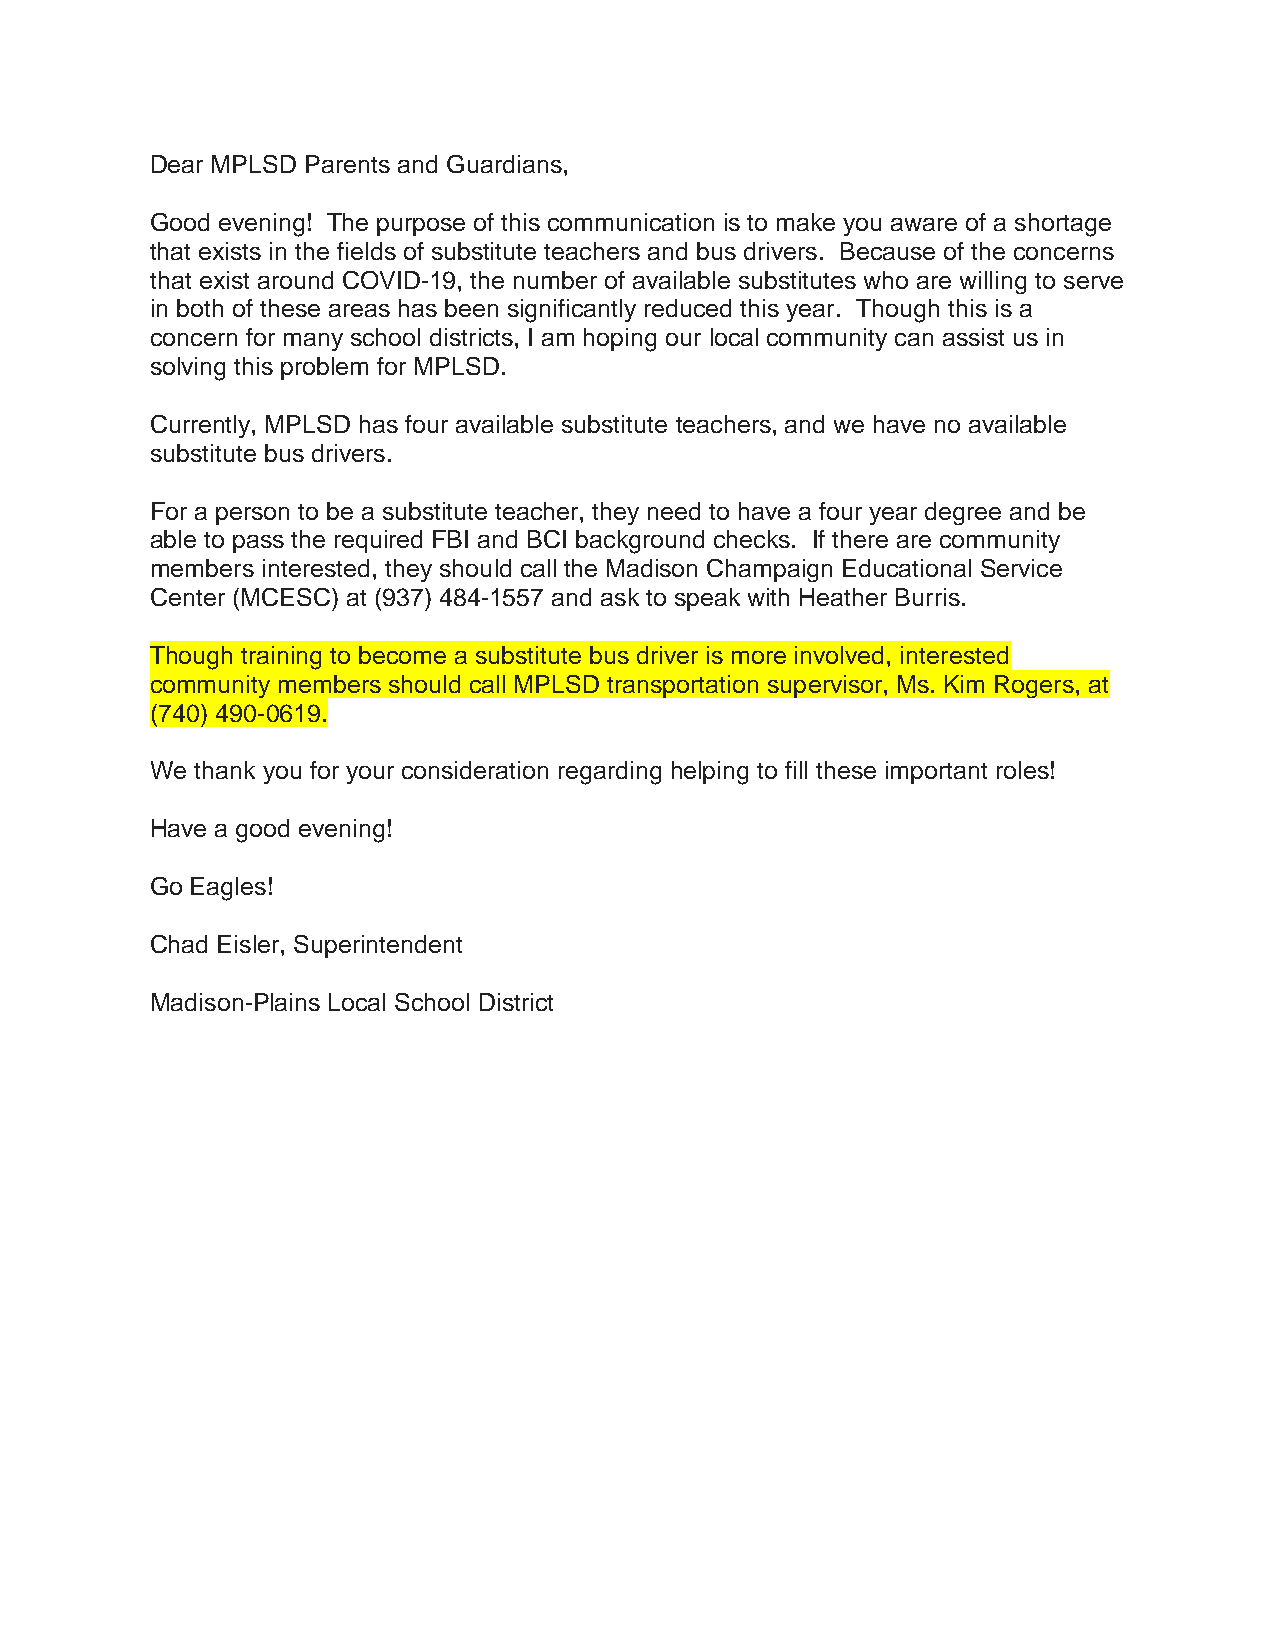
Dear MPLSD Parents and Guardians,
 Good evening! The purpose of this communication is to make you aware of a shortage
 that exists in the fields of substitute teachers and bus drivers. Because of the concerns
 that exist around COVID-19, the number of available substitutes who are willing to serve
 in both of these areas has been significantly reduced this year. Though this is a
 concern for many school districts, I am hoping our local community can assist us in
 solving this problem for MPLSD.
 Currently, MPLSD has four available substitute teachers, and we have no available
 substitute bus drivers.
 For a person to be a substitute teacher, they need to have a four year degree and be
 able to pass the required FBI and BCI background checks. If there are community
 members interested, they should call the Madison Champaign Educational Service
 Center (MCESC) at (937) 484-1557 and ask to speak with Heather Burris.
 Though training to become a substitute bus driver is more involved, interested
 community members should call MPLSD transportation supervisor, Ms. Kim Rogers, at
 (740) 490-0619.
 We thank you for your consideration regarding helping to fill these important roles!
 Have a good evening!
 Go Eagles!
 Chad Eisler, Superintendent
 Madison-Plains Local School District